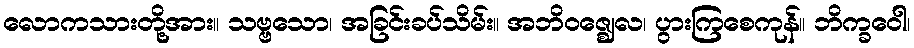
လောကသားတို့အား။ သဗ္ဗသော၊ အခြင်းခပ်သိမ်း။ အဘိဝဇ္ဈေလ၊ ပွားကြစေကုန်။ ဘိက္ခဝေါ၊